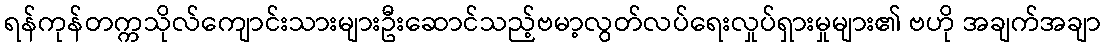
ရန်ကုန်တက္ကသိုလ်ကျောင်းသားများဦးဆောင်သည့်ဗမာ့လွတ်လပ်ရေးလှုပ်ရှားမှုများ၏ ဗဟို အချက်အချာ